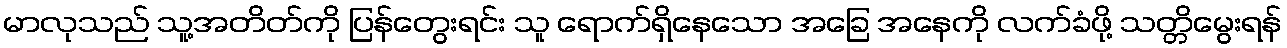
မာလုသည် သူ့အတိတ်ကို ပြန်တွေးရင်း သူ ရောက်ရှိနေသော အခြေ အနေကို လက်ခံဖို့ သတ္တိမွေးရန်